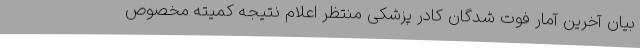
بیان آخرین آمار فوت شدگان کادر پزشکی منتظر اعلام نتیجه کمیته مخصوص